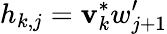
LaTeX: h_{k,j}=\mathbf{v}_{k}^{*}w_{j+1}^{\prime}